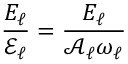
\frac { E _ { \ell } } { \mathcal { E } _ { \ell } } = \frac { E _ { \ell } } { \mathcal { A } _ { \ell } \omega _ { \ell } }